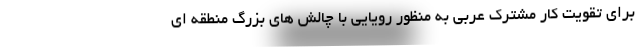
برای تقویت کار مشترک عربی به منظور رویایی با چالش های بزرگ منطقه ای